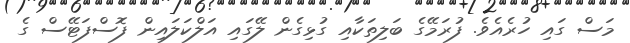
މަސް ގައި ހުރެއެވެ. ފުރަމޭގެ ބަލިތަކާއި ގުޅިގެން ލޭގައި އަލްކަލައިން ފޮސްފަޓޭސް ގެ